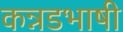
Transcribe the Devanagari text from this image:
कन्नडभाषी